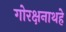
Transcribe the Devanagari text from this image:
गोरक्षनाथहे